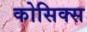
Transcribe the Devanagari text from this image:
कोसिक्स